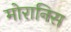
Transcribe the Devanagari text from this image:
मोरानिस